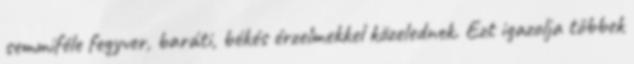
semmiféle fegyver, baráti, békés érzelmekkel közelednek. Ezt igazolja többek